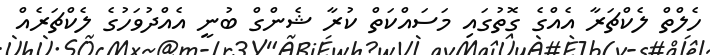
ހެލްތް ލެކްޗަރާ އެއްގެ ގޮތުގައި މަސައްކަތް ކުރާ ޝެންގް ބުނީ އެއްދުވަހުގެ ލެކްޗަރެއް